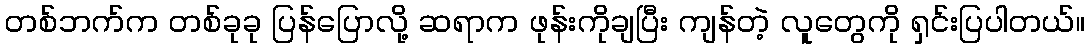
တစ်ဘက်က တစ်ခုခု ပြန်ပြောလို့ ဆရာက ဖုန်းကိုချပြီး ကျန်တဲ့ လူတွေကို ရှင်းပြပါတယ်။